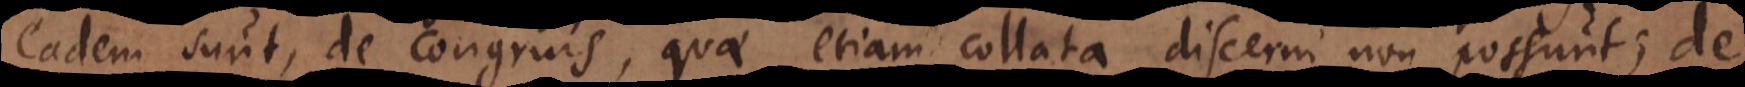
eadem sunt, de congruis, quae etiam collata discerni non possunt; de